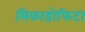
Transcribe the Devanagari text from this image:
सिकाडोफिटा